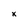
Character: x